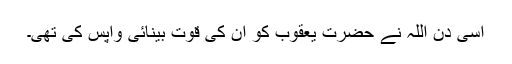
اسی دن اللہ نے حضرت یعقوبؑ کو ان کی قوتِ بینائی واپس کی تھی۔